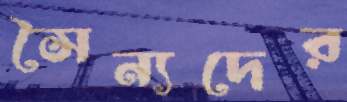
সৈন্যদের